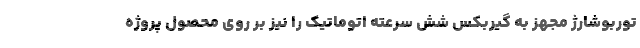
توربوشارژ مجهز به گیربکس شش سرعته اتوماتیک را نیز بر روی محصول پروژه